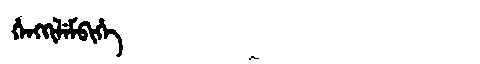
Manchu: ᡥᡝᠩᡴᡳᠯᡝᠮᠪᡳᡥᡝ
Romanization: HENGKILEMBIHE